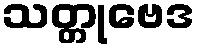
သတ္တုဗေဒ